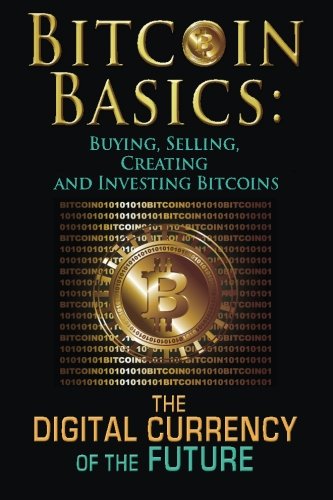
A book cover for Bitcoin Basics: Buying, Selling, Creating and Investing Bitcoins - The Digital Currency of the Future (bitcoin, bitcoin beginner, bitcoin mining) (Volume 1); Benjamin Tideas; Computers & Technology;